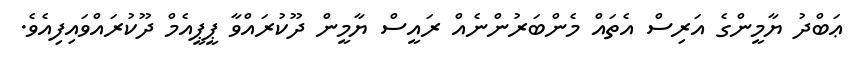
ޢަބްދު ޔާމީންގެ އަރިސް އެތައް މެންބަރުންނެއް ރައީސް ޔާމީން ދޫކުރައްވާ ޕީޕީއެމް ދޫކުރައްވައިފިއެވެ.